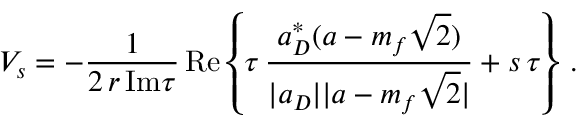
V _ { s } = - \frac { 1 } { 2 \, r \, \mathrm { I m } \tau } \, \mathrm { R e } \left\{ \tau \, \frac { a _ { D } ^ { * } ( a - m _ { f } \sqrt { 2 } ) } { | a _ { D } | | a - m _ { f } \sqrt { 2 } | } + s \, \tau \right\} \, .